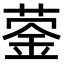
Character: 蓥